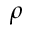
\rho